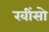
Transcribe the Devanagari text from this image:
खींसो